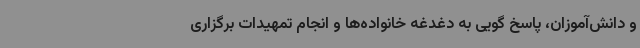
و دانش‌آموزان، پاسخ گویی به دغدغه خانواده‌ها و انجام تمهیدات برگزاری